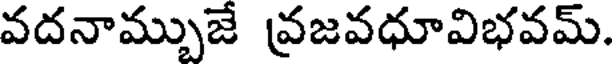
వదనామ్బుజే వ్రజవధూవిభవమ్.